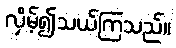
လှိမ့်၍သယ်ကြသည်။